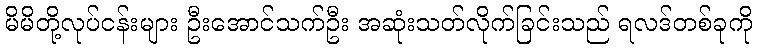
မိမိတို့လုပ်ငန်းများ ဦးအောင်သက်ဦး အဆုံးသတ်လိုက်ခြင်းသည် ရလဒ်တစ်ခုကို